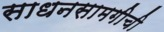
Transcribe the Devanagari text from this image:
साधनसामगीची